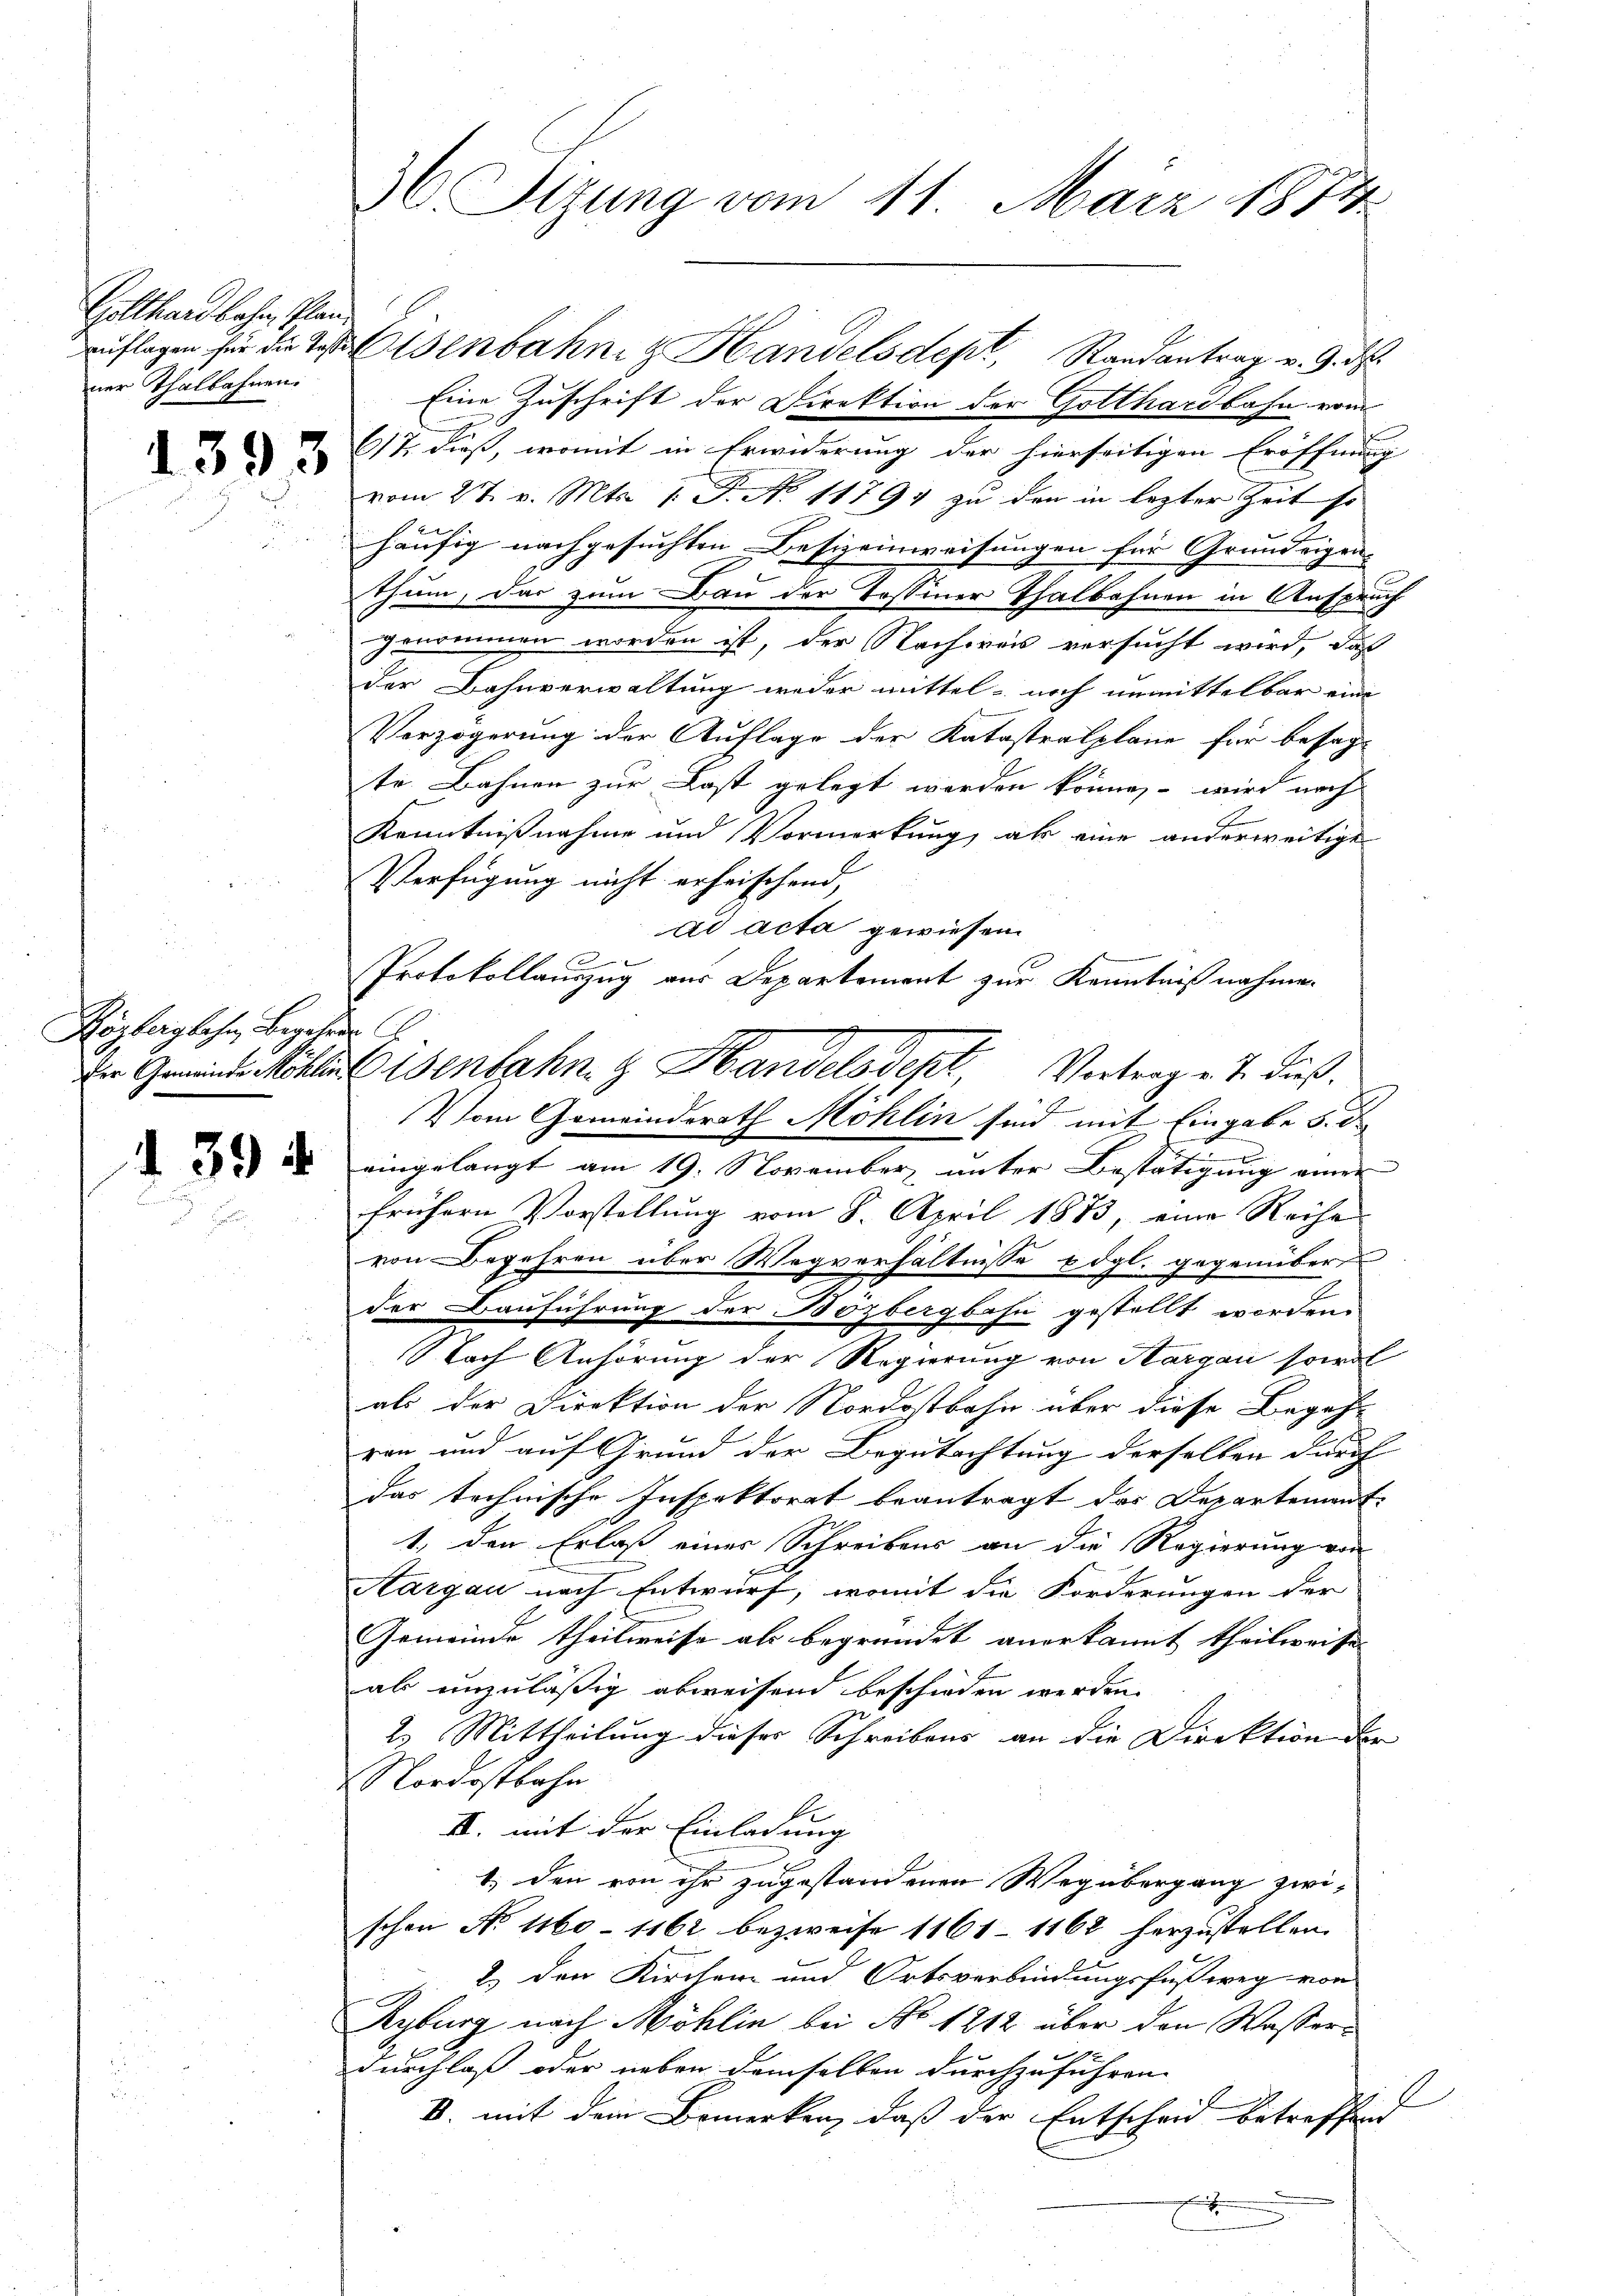
Gotthardbahn, Plan
mner Thalbahnen.

393

Röpforglohn Begebens

139 f

36 Sizung vom 11. März 1874

Eine Zuschrift der Direktion der Gotthardbahn vom
617. dieß, womit in Erwiderung der hierseitigen Eröffnung |
vom 27. v. Mts. 1. F. No 11794 zu den in lezter Zeit so
häufig nachgesuchten Besizeinweisungen für Grundeigen-
thum, das zum Bau der Tessiner Thalbahnen in Anspruch
genommen worden ist, der Nachweis versucht wird, daß
der Bahnverwaltung weder mittel- noch unmittelbar eine
Verzögerung der Auflage der Katastralpläne für besagte Bahnen zur Last gelegt worden könne, – wird nach
Kenntnißnahme und Vormerkung, als eine anderweitige
Verfügung nicht erheischend,
ad acta gewiesen.
e
n
eingelangt am 19. November unter Bestätigung einer
frühern Vorstellung vom 8. April 1883, eine Reihe
von Begehren über Wegverhältnisse edgl. gegenüber
der Bauführung der Bözbergbahn gestellt worden.
NNach Anhörung der Regierung von Margau sowol
als der Direktion der Nordostbahn über diese Begehren und auf Grund der Begutachtung derselben durch
das technische Inspektorat beantragt das Departement
1, den Erlaß einer Schreibens an die Regierung von
Aargau nach Entwurf, womit die Forderungen der
Gemeinde theilweise als begründet anerkannt theilweise
al unzuläßig abweisend beschieden werden.
2. Mittheilung dieser Schreibens an die Direktion der
Nordostbahn
I. mit der Einladung
1. den von ihr zugestandenen Wegübergang zwi-
schon No 1160 - 1162 bezweife 1161 - 1162 herzustellen.
2. den Kirchen und Ortsverbindungsfußweg von
Ryburg nach Möhlin bei No 1212 über den Wasserdurchlaß oder neben demselben durchzuführen.
l
B. mit dem Bemerken, daß der Entscheid betreffend
d

auflagen für die Waltenbahnen Handelsdept, Randantrag v. 9. d.

Protokollauszug aus Departement zur Kenntnißnahmen.
Der Gemeindes Köhlen senbahn. G. Handelsdept, Vortrage u. dieß.
Vom Gemeindsrath Möhlin sind mit Eingabe 5. d.